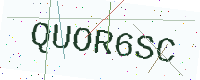
Text: QUOR6SC